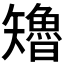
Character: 𮀊